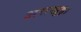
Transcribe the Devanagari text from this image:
अराखुड़ा